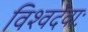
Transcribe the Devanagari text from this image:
विश्वदेवाः